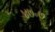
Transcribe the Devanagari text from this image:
४७॰७